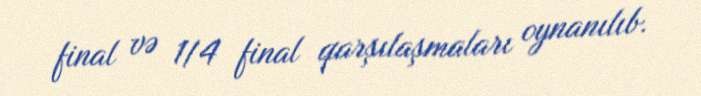
final və 1/4 final qarşılaşmaları oynanılıb.